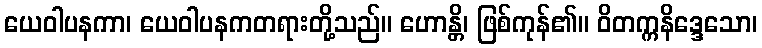
ယေဝါပနကာ၊ ယေဝါပနကတရားတို့သည်။ ဟောန္တိ၊ ဖြစ်ကုန်၏။ ဝိတက္ကနိဒ္ဒေသော၊